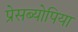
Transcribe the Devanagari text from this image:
प्रेसब्योपिया